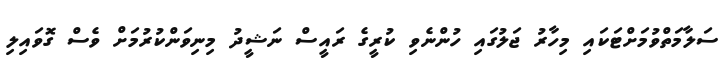
ސަލާމަތްވުމަށްޓަކައި މިހާރު ޖަލުގައި ހުންނެވި ކުރީގެ ރައީސް ނަޝީދު މިނިވަންކުރުމަށް ވެސް ގޮވައިލި